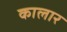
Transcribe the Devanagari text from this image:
कालार